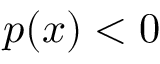
p ( x ) < 0